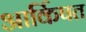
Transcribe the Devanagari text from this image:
आर्किषत